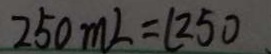
2 5 0 m L = ( 2 5 0